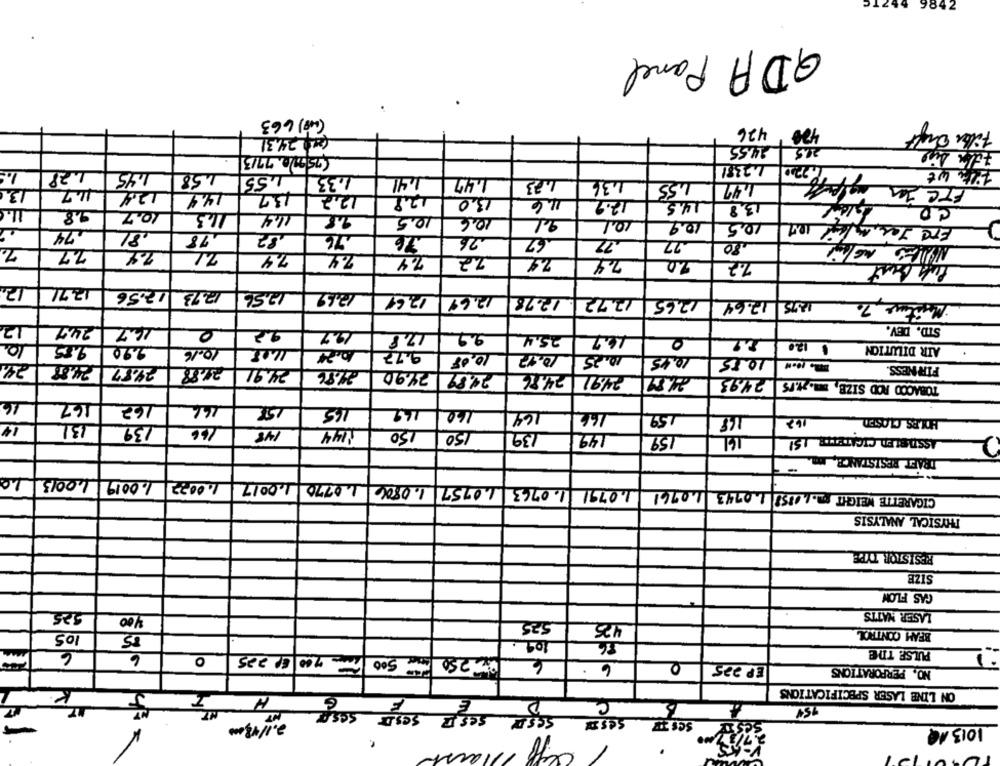
9842
QDA Panel
(68) 663
426
400
Filler Dreht
Car) 34.31
14.55
225
(75m)0, 7913
4.7381
1.
1.28
1.45
1.58
1,55
1.33
1.41
1.47
1.36
13.
14.7
134
1.55
1.47
14.4
137
12.2
12.9
13.0
11.6
12.9
14.5
3.8
ce
10.7
16.3
11.4
9.8
10.5
10,6
2.1
10.1
10.9
10,5
,74
.81
76
.76
.26
67
.22
,80
7.
7.7
7.4
7.1
7.4
7.4
22
2.4
20
7.2
12
1271
12.56
17.73
17.56
12.62
12.69
17.69
12.78
12.72
12.65
12.75 17.64
Misture 70
12
24.7
14.7
0
2.2
STD. DEV.
19.7
17.8
2.9
25.4
16.7
10.
9.55
AIR DILUTION
2.90
10.16
11.08
10.24
9.77
10.08
10.12
10.25
10.45
10.85
24
24.83
2987
FIR NESS.
27.88
24.91
24.86
24.90
24.89
24.76
24.91
TOBACCO ROD SIZE, m. 11.15 24.93
16
162
167
166
165
149
160
164
166
1.59
168
HOLES CLOSED
14
131
139
16.6
1144
148
150
150
139
149
161
ASSIBLED CICATETTE_15!
159
DRAFT RESISTANCE,
10
10013
1.0019
1. 0022
1.0017
1.0770
1.0763 1,0757 1.0806
1.0791
CIGARETTE WEIGHT .60853 1.0743 1.0761
PHYSICAL ANALYSIS
RESISTOR TYPE
SIZE
GAS FLON
3.25
LASER NATTS
400
525
425
109.
BEAM CONTROL
86
6
PULSE. THE
6
0
7 00 6 225
6
6.
0
EP 225
NO, PERFORATIONS
K
ON LINE LASER SPECIFICATIONS
6
H
SOse
SESI SeSE SESLE
SeSE
2.1/ 43,000
1013 1Q
lars
.